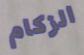
الزكام